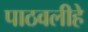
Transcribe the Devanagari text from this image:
पाठवलीहे